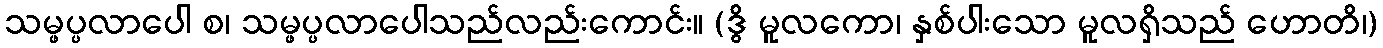
သမ္ဖပ္ပလာပေါ စ၊ သမ္ဖပ္ပလာပေါသည်လည်းကောင်း။ (ဒွိ မူလကော၊ နှစ်ပါးသော မူလရှိသည် ဟောတိ၊)